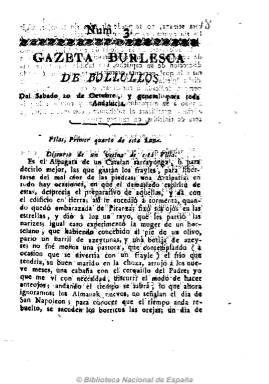
Título: Gazeta de Bollullos
Otros títulos: Gaceta de Bollullos || Gazeta burlesca de Bollullos || Gazeta burlesca de Bollullos || Gaceta burlesca de Bollullos || Gaceta burlesca de Bollullos
Colección: Gacetas
Ámbito geográfico: Sevilla
Lugar de publicación: Sevilla
Fechas: 10/10/1812-10/10/1812

Semanario patriótico burlesco escrito tanto en prosa como en verso, de cuatro páginas y con unas indicaciones al título que señalan “y general para todas partes” o “y general para toda Andalucía” y “saldrá todos los sábados”. Empieza a editarse tras el abandono de las tropas napoleónicas de los pueblos del Aljarafe sevillano.

La Biblioteca Nacional dispone de una sola edición, correspondiente al 10 de octubre de 1812, salida de la Imprenta de D. Antonio Carrera, en la que en estilo jocoso aparecen textos con referencias a Bollullos, Pilas, Camas, Bormujos y Carrión, pueblos todos ellos de la misma comarca cercana a la capital. También salió de las prensas de la sevillana Imprenta Padrino.

El primer número pudo aparecer el  tres de octubre y el 24 de este mismo mes aparece la Gazeta burlesca de Espartinas, que pudo ser continuación de la de Bollullos de la Militación, que sale de las mismas prensas.